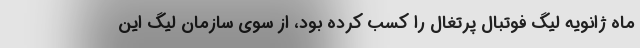
ماه ژانویه لیگ فوتبال پرتغال را کسب کرده بود، از سوی سازمان لیگ این